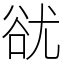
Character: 㞃